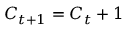
C _ { t + 1 } = C _ { t } + 1